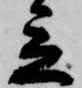
立